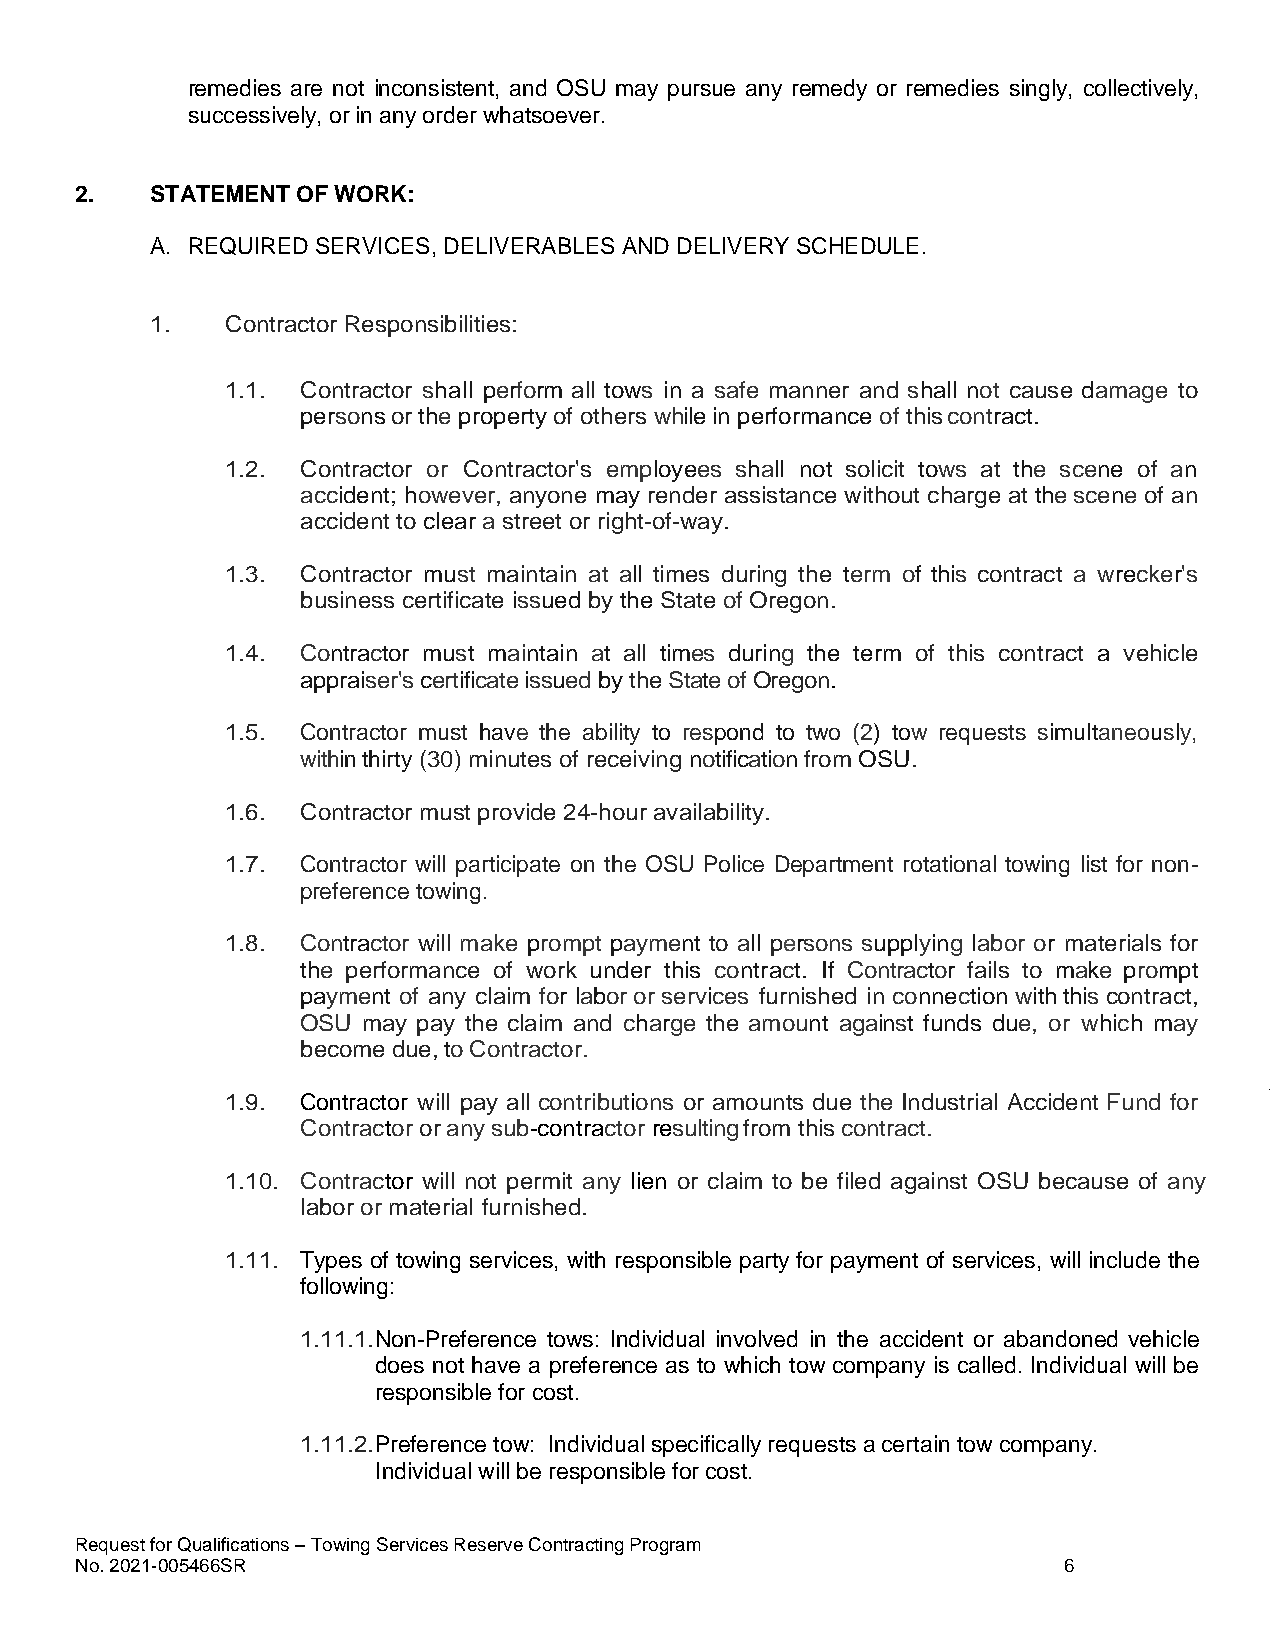
remedies are not inconsistent, and OSU may pursue any remedy or remedies singly, collectively,
 successively, or in any order whatsoever.
 2.   STATEMENT OF WORK:
 A. REQUIRED SERVICES, DELIVERABLES AND DELIVERY SCHEDULE.
 1.   Contractor Responsibilities:
 1.1. Contractor shall perform all tows in a safe manner and shall not cause damage to
 persons or the property of others while in performance of this contract.
 1.2. Contractor or Contractor's employees shall not solicit tows at the scene of an
 accident; however, anyone may render assistance without charge at the scene of an
 accident to clear a street or right-of-way.
 1.3. Contractor must maintain at all times during the term of this contract a wrecker's
 business certificate issued by the State of Oregon.
 1.4. Contractor must maintain at all times during the term of this contract a vehicle
 appraiser's certificate issued by the State of Oregon.
 1.5. Contractor must have the ability to respond to two (2) tow requests simultaneously,
 within thirty (30) minutes of receiving notification from OSU.
 1.6. Contractor must provide 24-hour availability.
 1.7. Contractor will participate on the OSU Police Department rotational towing list for non-
 preference towing.
 1.8. Contractor will make prompt payment to all persons supplying labor or materials for
 the performance of work under this contract. If Contractor fails to make prompt
 payment of any claim for labor or services furnished in connection with this contract,
 OSU may pay the claim and charge the amount against funds due, or which may
 become due, to Contractor.
 1.9. Contractor will pay all contributions or amounts due the Industrial Accident Fund for
 Contractor or any sub-contractor resulting from this contract.
 1.10. Contractor will not permit any lien or claim to be filed against OSU because of any
 labor or material furnished.
 1.11. Types of towing services, with responsible party for payment of services, will include the
 following:
 1.11.1. Non-Preference tows: Individual involved in the accident or abandoned vehicle
 does not have a preference as to which tow company is called. Individual will be
 responsible for cost.
 1.11.2. Preference tow: Individual specifically requests a certain tow company.
 Individual will be responsible for cost.
 Request for Qualifications – Towing Services Reserve Contracting Program
 No. 2021-005466SR                                                6